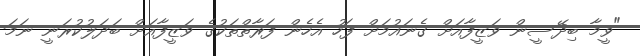
"ވީމާ ބިދޭސީން ވަޒީފާއަށް ގެނައުމަށް ފަހު އެހެން ފަރާތްތަކުގެ ވަޒީފާއަށް ބަދަލުކުރަނީ ނަމަ